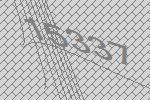
15337